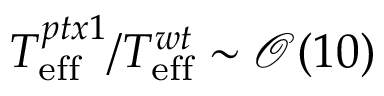
T _ { \mathrm { e f f } } ^ { p t x 1 } / T _ { \mathrm { e f f } } ^ { w t } \sim \mathcal { O } ( 1 0 )